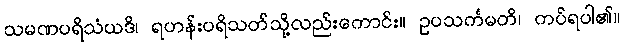
သမဏပရိသံယဒိ၊ ရဟန်းပရိသတ်သို့လည်းကောင်း။ ဥပသင်္ကမတိ၊ ကပ်ရပါ၏။